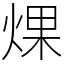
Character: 㷄